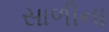
સાળીના